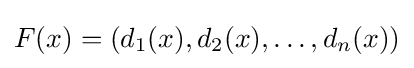
F(x)=(d_{1}(x),d_{2}(x),\ldots ,d_{n}(x))